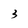
Character: 3